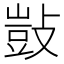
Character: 敱